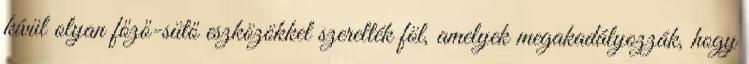
kívül olyan főző-sütő eszközökkel szerelték föl, amelyek megakadályozzák, hogy